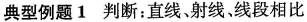
典型例题 1 判断：直线、射线、线段相比